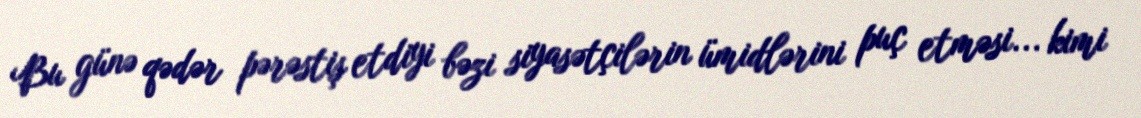
Bu günə qədər pərəstiş etdiyi bəzi siyasətçilərin ümidlərini puç etməsi... kimi